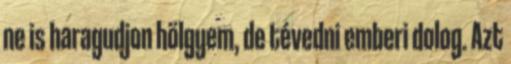
ne is haragudjon hölgyem, de tévedni emberi dolog. Azt